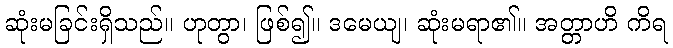
ဆုံးမခြင်းရှိသည်။ ဟုတွာ၊ ဖြစ်၍။ ဒမေယျ၊ ဆုံးမရာ၏။ အတ္တာဟိ ကိရ